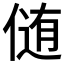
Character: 𪝘